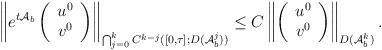
LaTeX: \begin{align*}\left\|e^{t\mathcal{A}_b}\left( \begin{array} {c} u^0\\v^0\end{array}\right)\right\|_{\bigcap_{j=0}^kC^{k-j}([0,\tau ];D(\mathcal{A}_b^j))}\leq C \left\|\left( \begin{array} {c} u^0\\v^0\end{array}\right)\right\|_{D(\mathcal{A}_b^k)}.\end{align*}